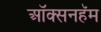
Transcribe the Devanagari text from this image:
ऑक्सनहॅम